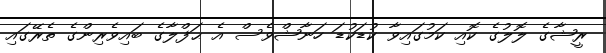
ރީޝާގެ ލޮލުގެ ކޮއި ކަމުގައިވާ ކުޑަކުޑަ ހަނާޝްވެސް އެ ޙަފްލާގެ ބައިވެރިންގެ ތެރޭގައި